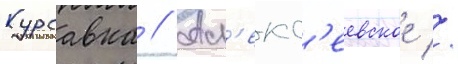
Курсавка // Ал'екс'еевское //